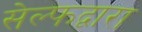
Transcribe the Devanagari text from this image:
सेल्फद्वारा